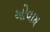
ઓવાય